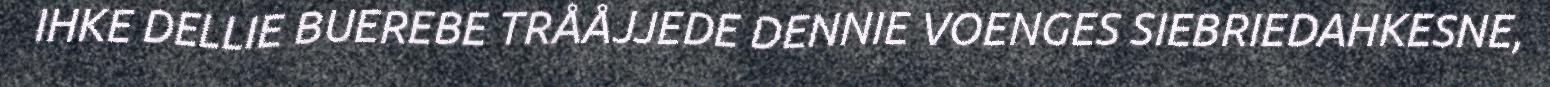
IHKE DELLIE BUEREBE TRÅÅJJEDE DENNIE VOENGES SIEBRIEDAHKESNE,